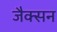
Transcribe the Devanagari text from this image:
जैक्‍सन